Annual administration report of the Civil Veterinary Department of India - 1907-1908
Year: 1907
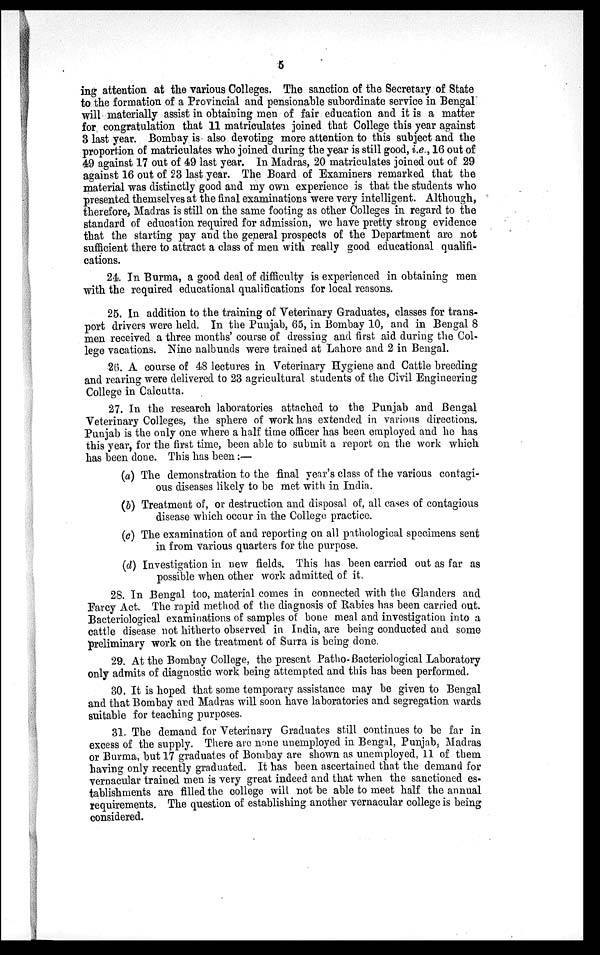
5
ing attention at the various Colleges. The sanction of the Secretary of State
to the formation of a Provincial and pensionable subordinate service in Bengal
will materially assist in obtaining men of fair education and it is a matter
for congratulation that 11 matriculates joined that College this year against
3 last year. Bombay is also devoting more attention to this subject and the
proportion of matriculates who joined during the year is still good, i.e., 16 out of
49 against 17 out of 49 last year. In Madras, 20 matriculates joined out of 29
against 16 out of 23 last year. The Board of Examiners remarked that the
material was distinctly good and my own experience is that the students who
presented themselves at the final examinations were very intelligent. Although,
therefore, Madras is still on the same footing as other Colleges in regard to the
standard of education required for admission, we have pretty strong evidence
that the starting pay and the general prospects of the Department are not
sufficient there to attract a class of men with really good educational qualifi-
cations.
24. In Burma, a good deal of difficulty is experienced in obtaining men
with the required educational qualifications for local reasons.
25. In addition to the training of Veterinary Graduates, classes for trans-
port drivers were held. In the Punjab, 65, in Bombay 10, and in Bengal 8
men received a three months' course of dressing and first aid during the Col-
lege vacations. Nine nalbunds were trained at Lahore and 2 in Bengal.
26. A course of 48 lectures in Veterinary Hygiene and Cattle breeding
and rearing were delivered to 23 agricultural students of the Civil Engineering
College in Calcutta.
27. In the research laboratories attached to the Punjab and Bengal
Veterinary Colleges, the sphere of work has extended in various directions.
Punjab is the only one where a half time officer has been employed and he has
this year, for the first time, been able to submit a report on the work which
has been done. This has been:—
(a) The demonstration to the final year's class of the various contagi-
ous diseases likely to be met with in India.
(b) Treatment of, or destruction and disposal of, all cases of contagious
disease which occur in the College practice.
(c) The examination of and reporting on all pathological specimens sent
in from various quarters for the purpose.
(d) Investigation in new fields. This has been carried out as far as
possible when other work admitted of it.
28. In Bengal too, material comes in connected with the Glanders and
Farcy Act. The rapid method of the diagnosis of Rabies has been carried out.
Bacteriological examinations of samples of bone meal and investigation into a
cattle disease not hitherto observed in India, are being conducted and some
preliminary work on the treatment of Surra is being done.
29. At the Bombay College, the present Patho-Bacteriological Laboratory
only admits of diagnostic work being attempted and this has been performed.
30. It is hoped that some temporary assistance may be given to Bengal
and that Bombay and Madras will soon have laboratories and segregation wards
suitable for teaching purposes.
31. The demand for Veterinary Graduates still continues to be far in
excess of the supply. There are none unemployed in Bengal, Punjab, Madras
or Burma, but 17 graduates of Bombay are shown as unemployed, 11 of them
having only recently graduated. It has been ascertained that the demand for
vernacular trained men is very great indeed and that when the sanctioned es-
tablishments are filled the college will not be able to meet half the annual
requirements. The question of establishing another vernacular college is being
considered.